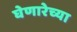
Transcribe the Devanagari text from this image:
घेणारेच्या